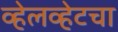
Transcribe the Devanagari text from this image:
व्हेलव्हेटचा